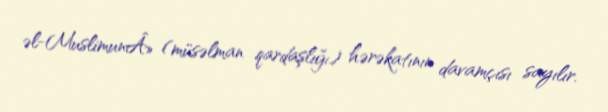
əl-MuslimunÂ» (müsəlman qardaşlığı) hərəkatının davamçısı sayılır.